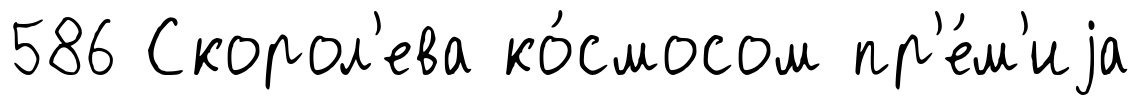
586 Скорол'ева ко́смосом пр'е́м'иjа